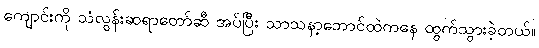
ကျောင်းကို သံလွန်းဆရာတော်ဆီ အပ်ပြီး သာသနာ့ဘောင်ထဲကနေ ထွက်သွားခဲ့တယ်။